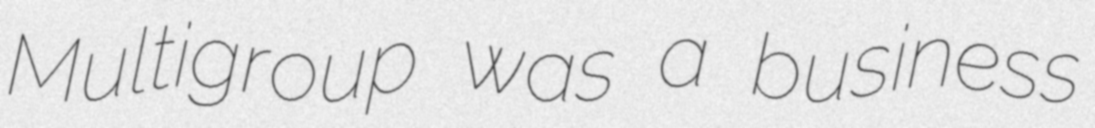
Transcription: Multigroup was a business